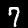
Digit: 7